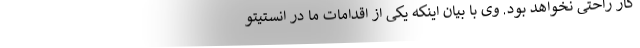
کار راحتی نخواهد بود. وی با بیان اینکه یکی از اقدامات ما در انستیتو